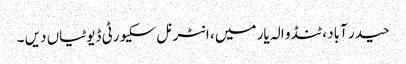
حیدر آباد ، ٹنڈو الہ یار میں ، انٹرنل سکیورٹی ڈیوٹیاں دیں ۔